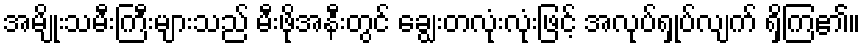
အမျိုးသမီးကြီးများသည် မီးဖိုအနီးတွင် ချွေးတလုံးလုံးဖြင့် အလုပ်ရှုပ်လျက် ရှိကြ၏။